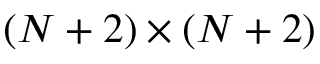
( N + 2 ) \times ( N + 2 )